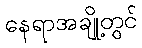
နေရာအချို့တွင်